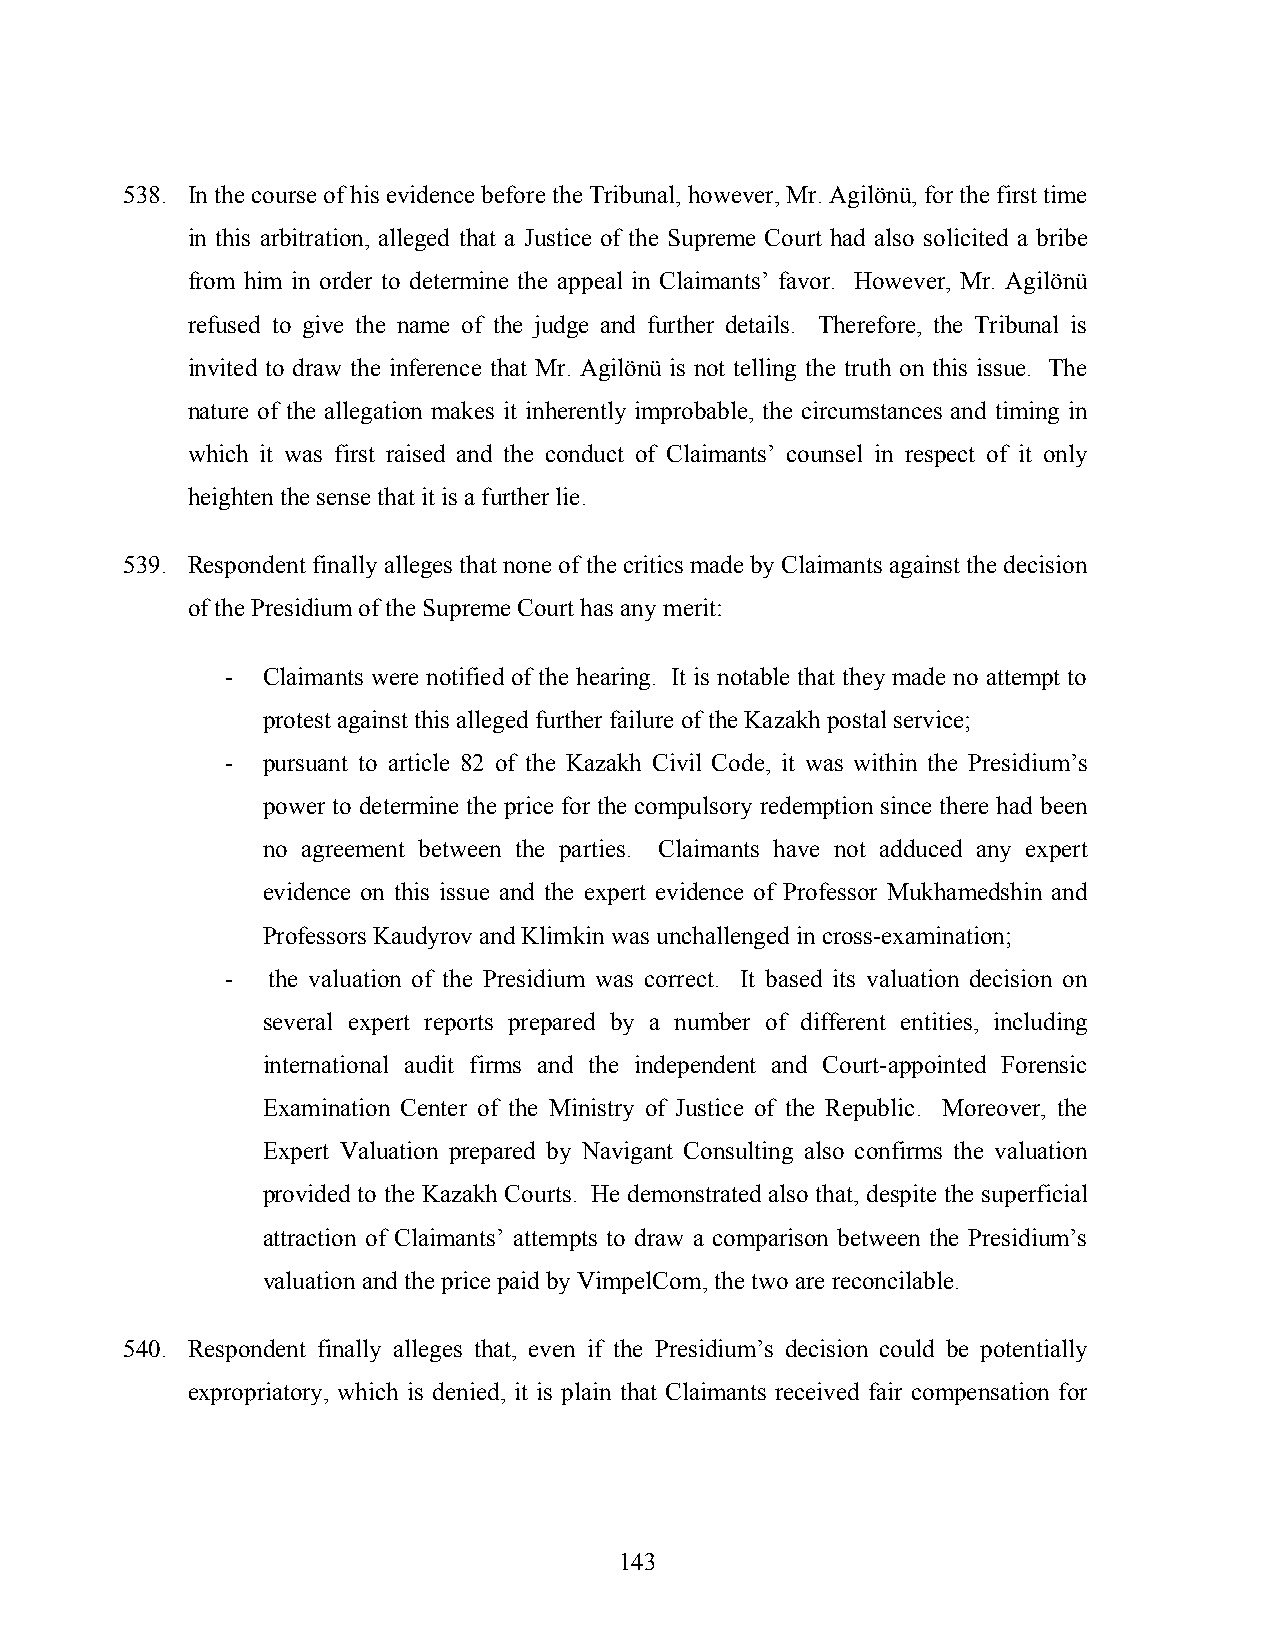
538. In the course of his evidence before the Tribunal, however, Mr. Agilönü, for the first time
 in this arbitration, alleged that a Justice of the Supreme Court had also solicited a bribe
 from him in order to determine the appeal in Claimants’ favor. However, Mr. Agilönü
 refused to give the name of the judge and further details. Therefore, the Tribunal is
 invited to draw the inference that Mr. Agilönü is not telling the truth on this issue. The
 nature of the allegation makes it inherently improbable, the circumstances and timing in
 which it was first raised and the conduct of Claimants’ counsel in respect of it only
 heighten the sense that it is a further lie.
 539. Respondent finally alleges that none of the critics made by Claimants against the decision
 of the Presidium of the Supreme Court has any merit:
 - Claimants were notified of the hearing. It is notable that they made no attempt to
 protest against this alleged further failure of the Kazakh postal service;
 - pursuant to article 82 of the Kazakh Civil Code, it was within the Presidium’s
 power to determine the price for the compulsory redemption since there had been
 no agreement between the parties. Claimants have not adduced any expert
 evidence on this issue and the expert evidence of Professor Mukhamedshin and
 Professors Kaudyrov and Klimkin was unchallenged in cross-examination;
 -  the valuation of the Presidium was correct. It based its valuation decision on
 several expert reports prepared by a number of different entities, including
 international audit firms and the independent and Court-appointed Forensic
 Examination Center of the Ministry of Justice of the Republic. Moreover, the
 Expert Valuation prepared by Navigant Consulting also confirms the valuation
 provided to the Kazakh Courts. He demonstrated also that, despite the superficial
 attraction of Claimants’ attempts to draw a comparison between the Presidium’s
 valuation and the price paid by VimpelCom, the two are reconcilable.
 540. Respondent finally alleges that, even if the Presidium’s decision could be potentially
 expropriatory, which is denied, it is plain that Claimants received fair compensation for
 143